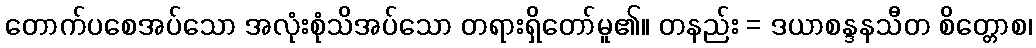
တောက်ပစေအပ်သော အလုံးစုံသိအပ်သော တရားရှိတော်မူ၏။ တနည်း = ဒယာစန္ဒနသီတ စိတ္တောစ၊